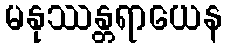
မနုဿန္တရာယေန